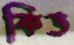
কিভ